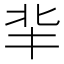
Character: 𠤖